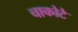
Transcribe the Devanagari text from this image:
चाकोटे